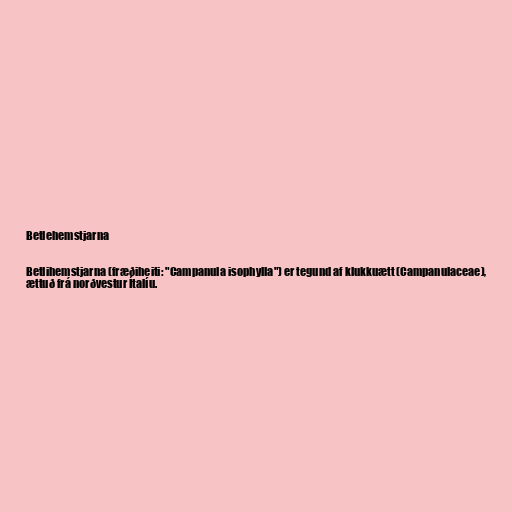
Betlehemstjarna

Betlihemstjarna (fræðiheiti: "Campanula isophylla") er tegund af klukkuætt (Campanulaceae),
ættuð frá norðvestur Ítalíu.